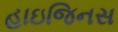
હાઇજિનસ